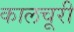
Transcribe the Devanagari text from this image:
कालचूरी